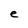
Character: e